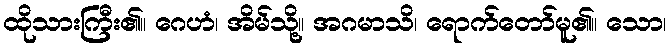
ထိုသားကြီး၏။ ဂေဟံ၊ အိမ်သို့။ အဂမာသိ၊ ရောက်တော်မူ၏။ သော၊